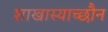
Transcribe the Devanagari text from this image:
शाखास्याच्छौन